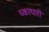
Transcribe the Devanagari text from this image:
च्काधारी